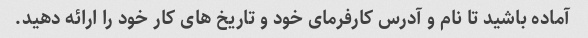
آماده باشید تا نام و آدرس کارفرمای خود و تاریخ های کار خود را ارائه دهید.